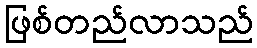
ဖြစ်တည်လာသည်